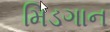
મિડગાન